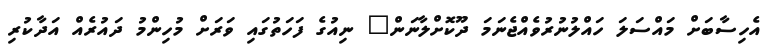
އެހިސާބަށް މައްސަލަ ހައްލުނުރުވެއްޖެނަމަ ދޫކޮށްލާނަން" ނިއުގެ ފަހަތުގައި ވަރަށް މުހިންމު ދައުރެއް އަދާކުރި